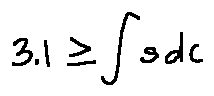
3 . 1 \geq \int s d c